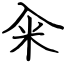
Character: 籴